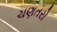
ચણતરો